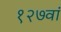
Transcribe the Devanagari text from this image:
१२७वां